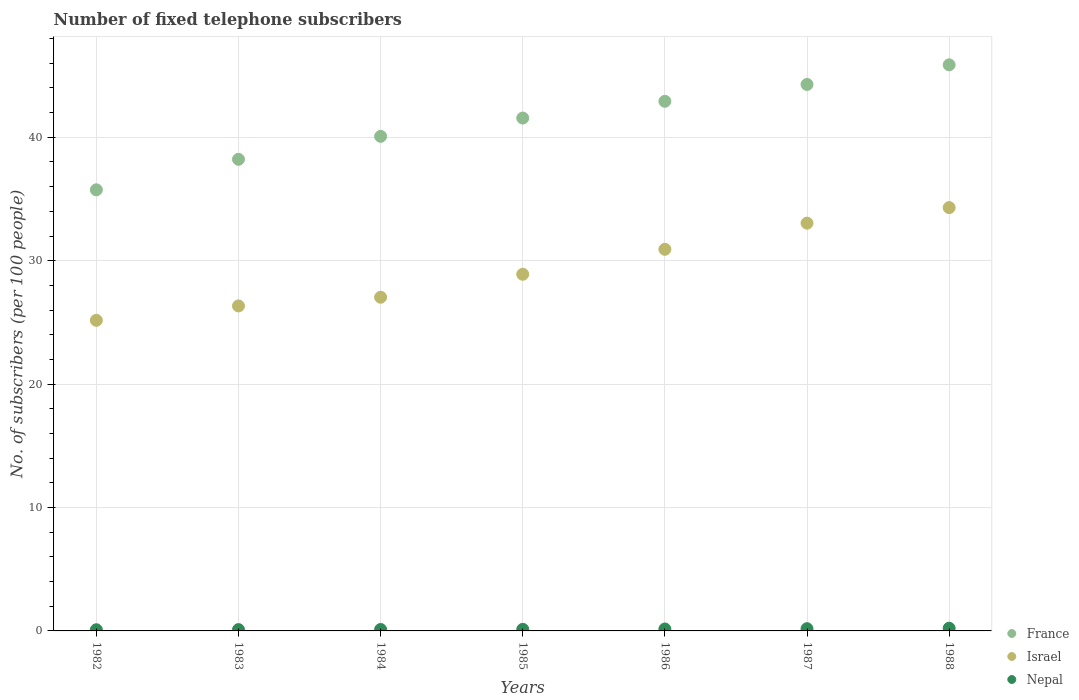
| Years | France | Israel | Nepal |
 | --- | --- | --- | --- |
 | 1982 | 35.7 | 25.2 | 0.0949 |
 | 1983 | 38.2 | 26.3 | 0.107 |
 | 1984 | 40.1 | 27 | 0.118 |
 | 1985 | 41.6 | 28.9 | 0.128 |
 | 1986 | 42.9 | 30.9 | 0.157 |
 | 1987 | 44.3 | 33 | 0.18 |
 | 1988 | 45.9 | 34.3 | 0.22 |